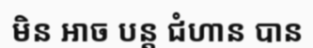
មិន អាច បន្ត ជំហាន បាន